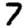
Digit: 7